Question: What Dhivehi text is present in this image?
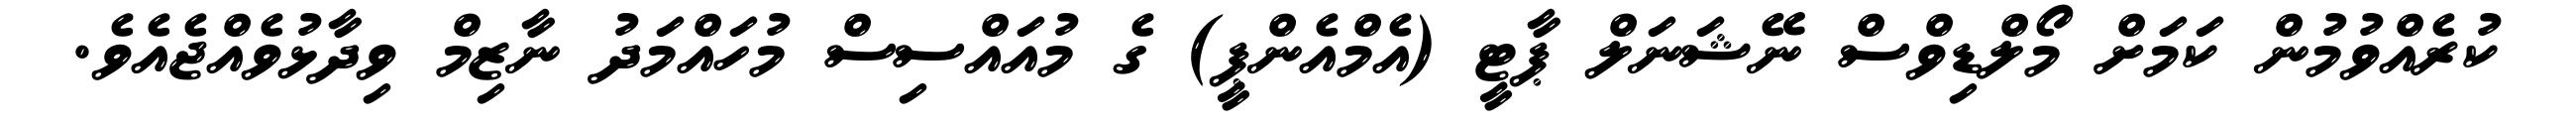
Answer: ކުރެއްވުމުން ކަމަށް މޯލްޑިވްސް ނޭޝަނަލް ޕާޓީ (އެމްއެންޕީ) ގެ މުއައްސިސް މުހައްމަދު ނާޒިމް ވިދާޅުވެއްޖެއެވެ.